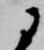
に